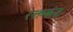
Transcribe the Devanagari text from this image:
रक्तकंद